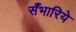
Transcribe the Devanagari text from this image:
सँभारिये